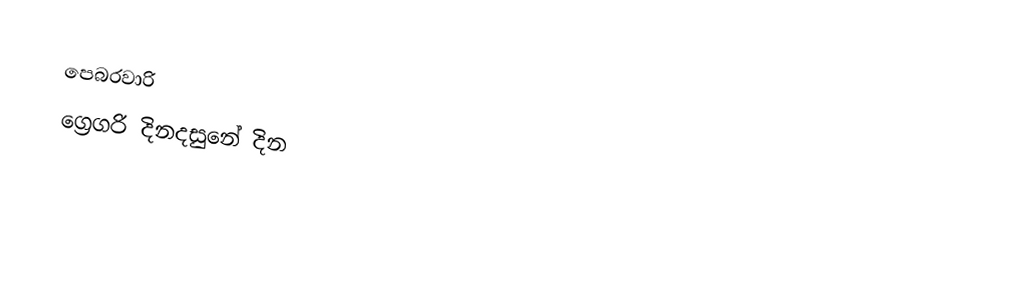
පෙබරවාරි
ග්‍රෙගරි දිනදසුනේ දින